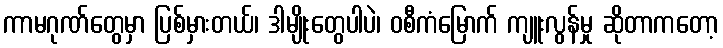
ကာမဂုဏ်တွေမှာ ပြစ်မှားတယ်၊ ဒါမျိုးတွေပါပဲ၊ ဝစီကံမြောက် ကျူးလွန်မှု ဆိုတာကတော့